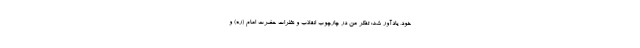
خود، یادآور شد: تفکر من در چارچوب انقلاب و نظرات حضرت امام (ره) و